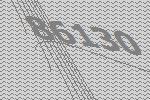
86130